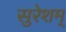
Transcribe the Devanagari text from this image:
सुरेशम्‌